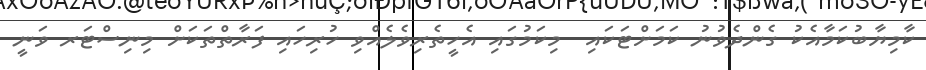
ކާމިޔާބުކަމާއެކު ގެންދެވުނު ކަމަށްޓަކައި  މިކަމުގައި އެހީތެރިވެލެއްވި ހުރިހައި ފަރާތްތަކަށް މިނިސްޓަރ ވަނީ